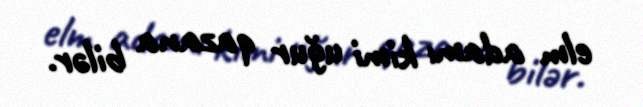
elm adamı kimi uğur qazana bilər.